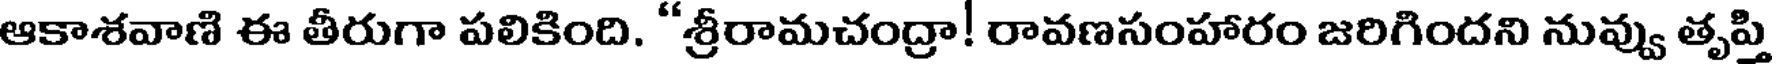
ఆకాశవాణి ఈ తీరుగా పలికింది. "శ్రీరామచంద్రా! రావణసంహారం జరిగిందని నువ్వు తృప్తి